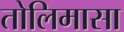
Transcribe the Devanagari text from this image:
तोलिमासा